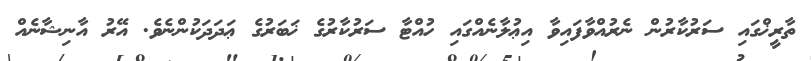
ތާރީޚްގައި ސަރުކާރުން ނެރުއްވާފައިވާ އިޢުލާނެއްގައި ހުއްޓާ ސަރުކާރުގެ ޚަބަރުގެ ޢަދަދަކުންނެވެ. އޭރު އާނިޝާނެއް